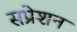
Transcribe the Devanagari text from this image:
सप्रेशन